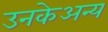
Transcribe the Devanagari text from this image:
उनकेअन्य